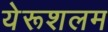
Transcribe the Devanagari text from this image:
येरूशलम